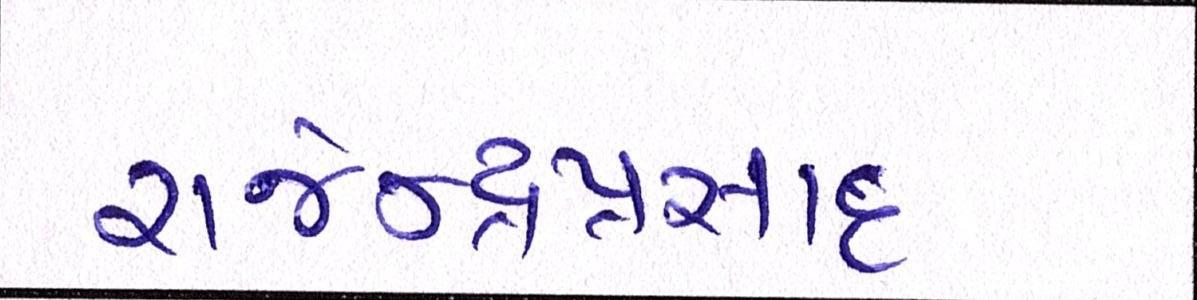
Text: રાજેન્દ્રપ્રસાદ